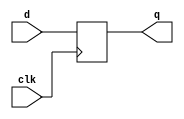
module top_module (
    input clk,    // Clocks are used in sequential circuits
    input d,
    output reg q );//

    // Use a clocked always block
    //   copy d to q at every positive edge of clk
    //   Clocked always blocks should use non-blocking assignments
    always @(posedge clk) begin
        q <= d;
    end

endmodule